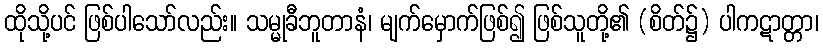
ထိုသို့ပင် ဖြစ်ပါသော်လည်း။ သမ္မုခီဘူတာနံ၊ မျက်မှောက်ဖြစ်၍ ဖြစ်သူတို့၏ (စိတ်၌) ပါကဋာတ္တာ၊